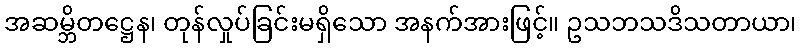
အဆမ္ဘိတဋ္ဌေန၊ တုန်လှုပ်ခြင်းမရှိသော အနက်အားဖြင့်။ ဥသဘသဒိသတာယာ၊